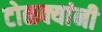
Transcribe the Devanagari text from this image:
टोळक्यांनी